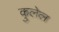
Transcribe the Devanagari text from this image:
कुलेल